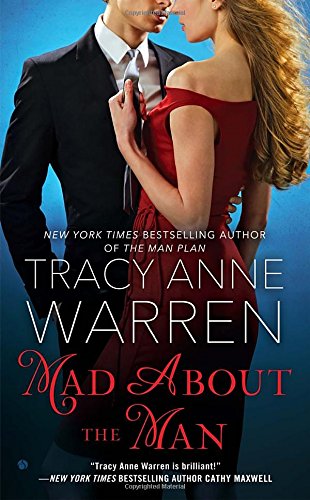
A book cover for Mad About the Man; Tracy Anne Warren; Literature & Fiction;